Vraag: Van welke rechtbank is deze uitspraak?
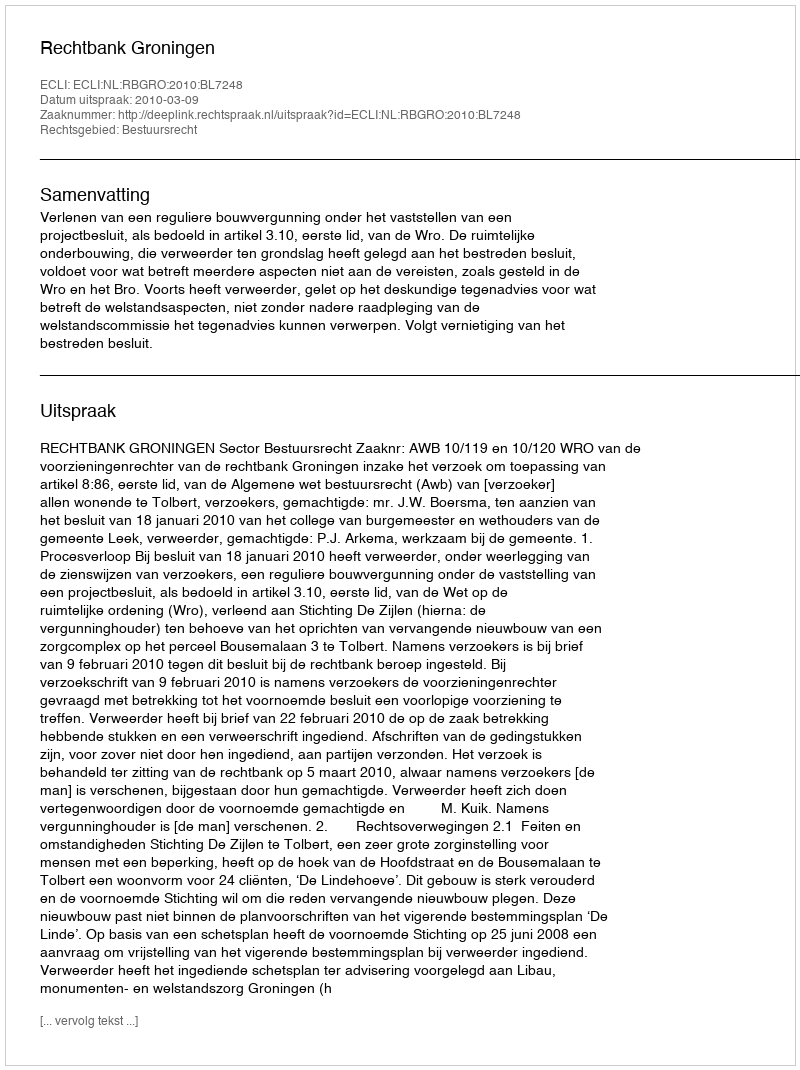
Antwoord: Rechtbank Groningen